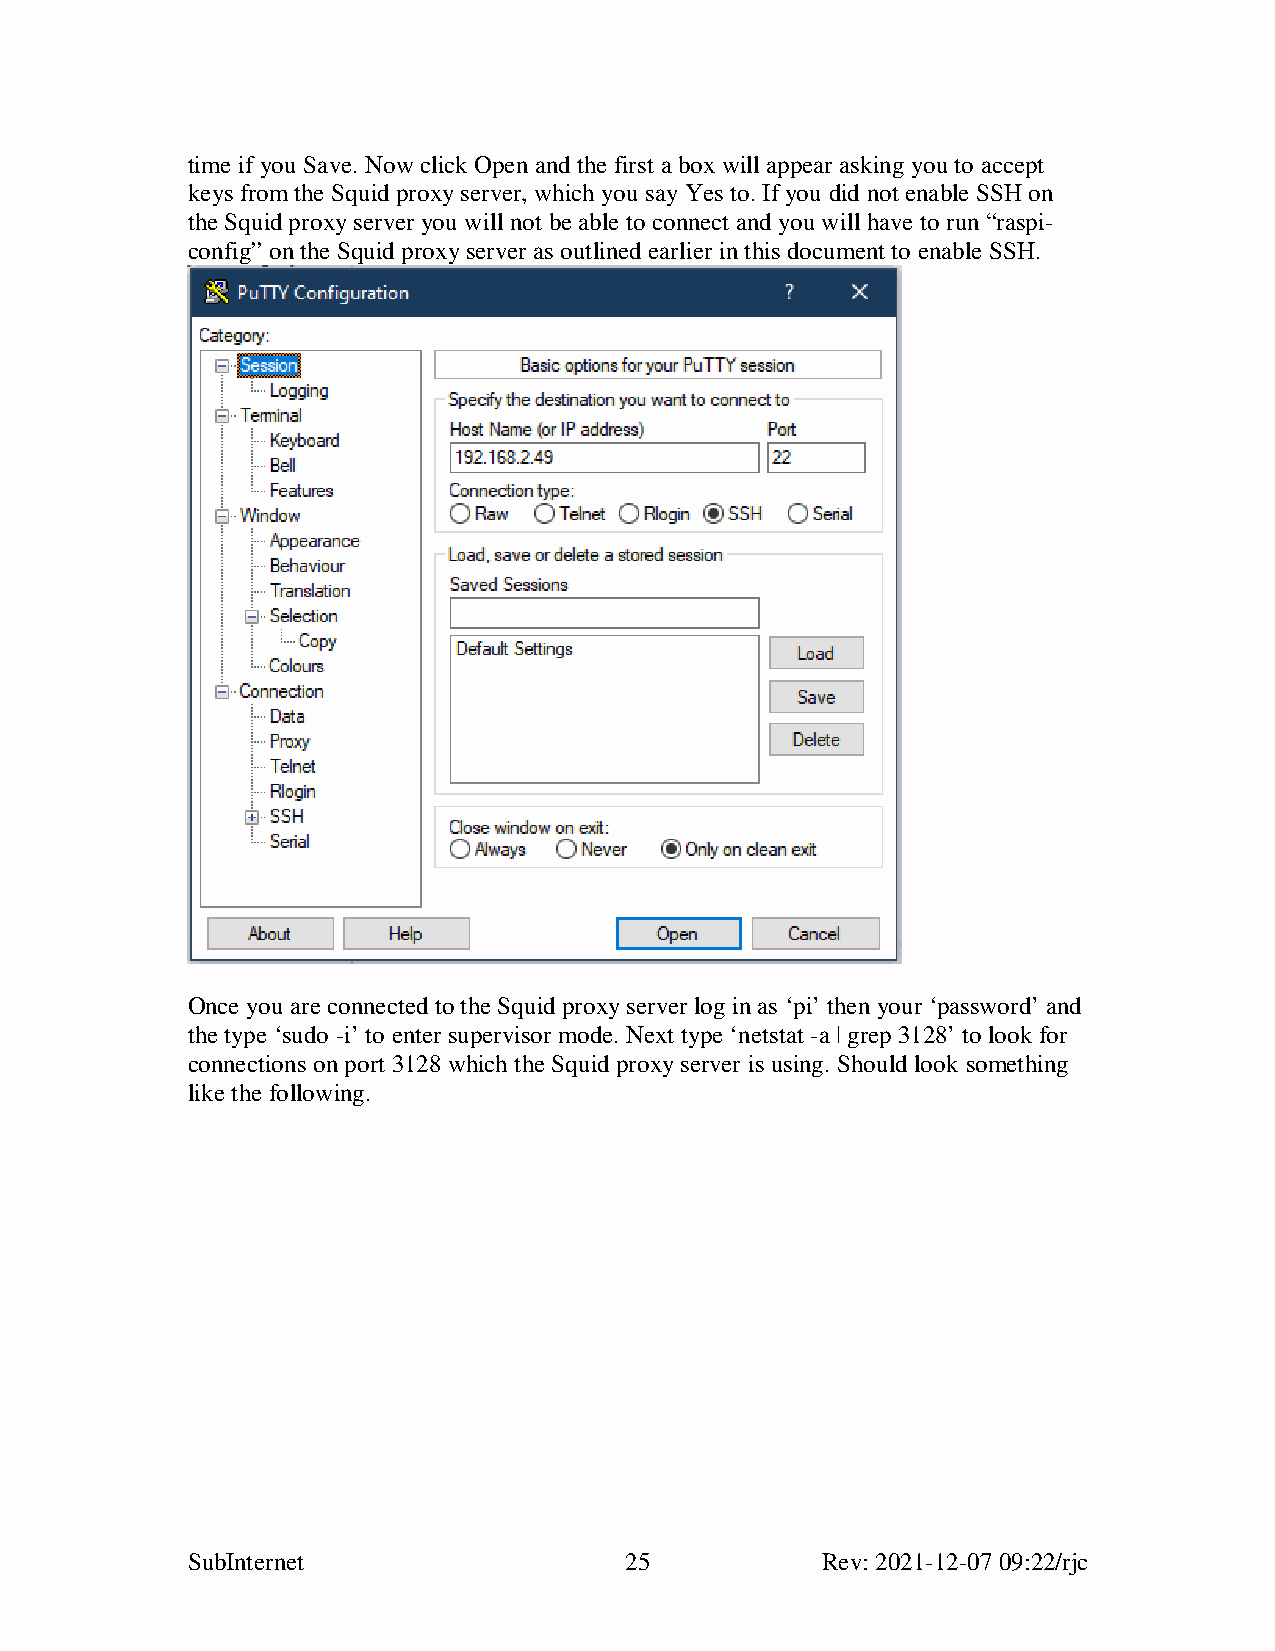
time if you Save. Now click Open and the first a box will appear asking you to accept
 keys from the Squid proxy server, which you say Yes to. If you did not enable SSH on
 the Squid proxy server you will not be able to connect and you will have to run “raspi-
 config” on the Squid proxy server as outlined earlier in this document to enable SSH.
 Once you are connected to the Squid proxy server log in as ‘pi’ then your ‘password’ and
 the type ‘sudo -i’ to enter supervisor mode. Next type ‘netstat -a | grep 3128’ to look for
 connections on port 3128 which the Squid proxy server is using. Should look something
 like the following.
 SubInternet                  25           Rev: 2021-12-07 09:22/rjc